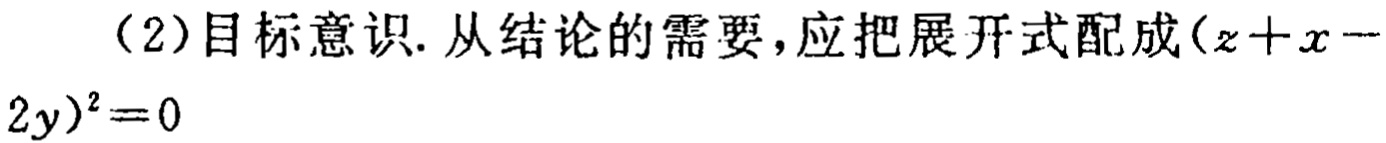
（2）目标意识. 从结论的需要，应把展开式配成\((z + x - 2y)^2 = 0\)